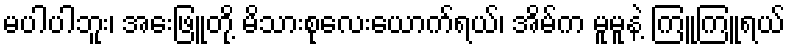
မပါပါဘူး၊ အေးဖြူတို့ မိသားစုလေးယောက်ရယ်၊ အိမ်က မူမူနဲ့ ကြူကြူရယ်